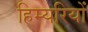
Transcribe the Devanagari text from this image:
हिम्यरियों